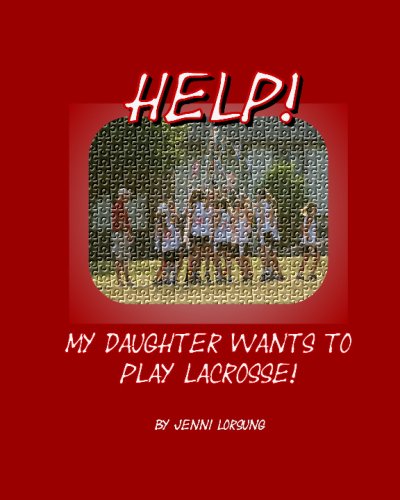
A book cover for Help! My Daughter Wants To Play Lacrosse!; Jenni Lorsung; Sports & Outdoors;